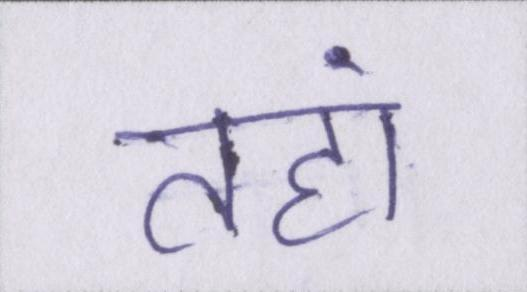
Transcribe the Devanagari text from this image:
तहां